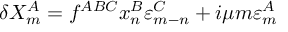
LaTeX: \delta X _ { m } ^ { A } = f ^ { A B C } x _ { n } ^ { B } \varepsilon _ { m - n } ^ { C } + i \mu m \varepsilon _ { m } ^ { A }